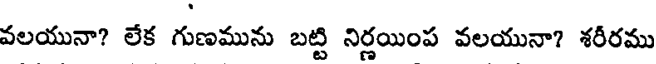
వలయునా? లేక గుణమును బట్టి నిర్ణయింప వలయునా? శరీరము